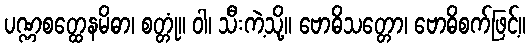
ပဏ္ဏစတ္ထေနမိဓာ၊ စတ္တုံ။ ဝါ၊ သီးကဲ့သို့။ ဗောဓိသတ္တော၊ ဗောဓိစက်ဖြင့်။